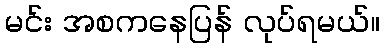
မင်း အစကနေပြန် လုပ်ရမယ်။